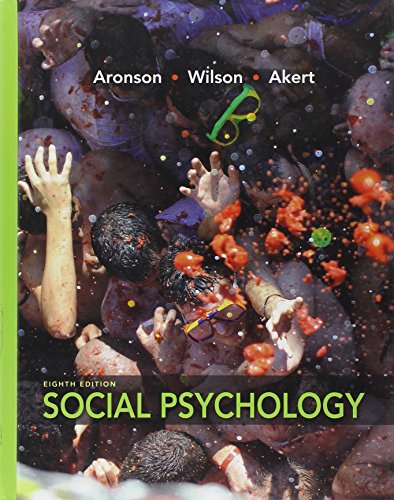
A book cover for Social Psychology (8th Edition); Elliot Aronson; Medical Books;